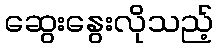
ဆွေးနွေးလိုသည့်